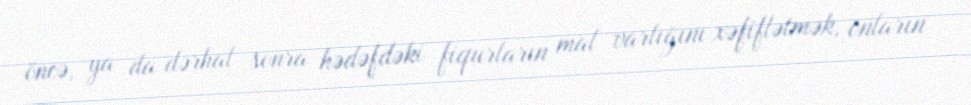
öncə, ya da dərhal sonra hədəfdəki fiqurların mal varlığını xəfiflətmək, onların